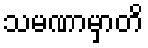
သမဏာမှာတိ